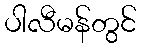
ပါလီမန်တွင်